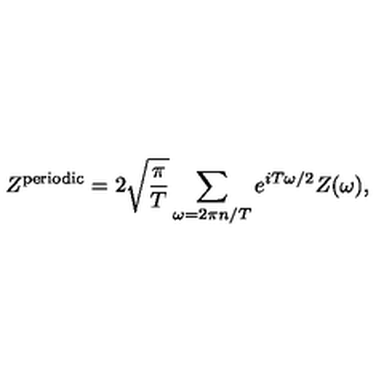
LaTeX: Z ^ { \mathrm { p e r i o d i c } } = 2 \sqrt { \frac { \pi } { T } } \sum _ { \omega = 2 \pi n / T } e ^ { i T \omega / 2 } Z ( \omega ) ,